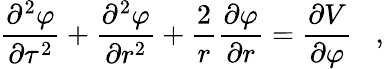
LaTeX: \frac{{\partial}^{2}{\varphi}}{{\partial}{\tau^{2}}}+\frac{{\partial}^{2}{\varphi}}{{\partial}r^{2}}+\frac{2}{r}\frac{{\partial}{\varphi}}{{\partial}r}=\frac{{\partial}V}{{\partial}{\varphi}}\; \; \; ,